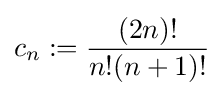
c_{n}:={\frac {(2n)!}{n!(n+1)!}}